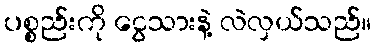
ပစ္စည်းကို ငွေသားနဲ့ လဲလှယ်သည်။